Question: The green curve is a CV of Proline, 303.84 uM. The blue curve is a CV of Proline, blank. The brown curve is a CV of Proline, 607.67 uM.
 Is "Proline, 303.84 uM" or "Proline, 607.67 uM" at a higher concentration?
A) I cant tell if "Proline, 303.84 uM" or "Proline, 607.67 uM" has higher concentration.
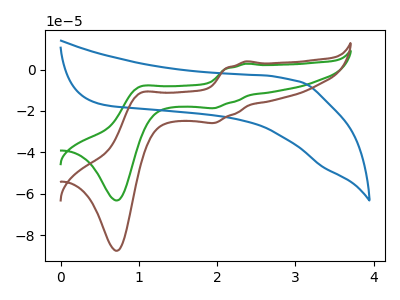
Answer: <think>The green curve "Proline, 303.84 uM" has anodic peaks at (2.35V, 2.85uA) (1.00V, -8.35uA) and cathodic peaks at (1.95V, -18.65uA) (0.70V, -63.25uA). The blue curve "Proline, blank" has no peaks. The brown curve "Proline, 607.67 uM" has anodic peaks at (2.35V, 3.95uA) (1.00V, -11.50uA) and cathodic peaks at (1.95V, -25.80uA) (0.70V, -87.55uA).
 All the peaks in "Proline, 303.84 uM" have a peak in "Proline, 607.67 uM" at the same potential.</think>
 <answer>A) I cant tell if "Proline, 303.84 uM" or "Proline, 607.67 uM" has higher concentration.</answer>
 <eval>A</eval>